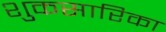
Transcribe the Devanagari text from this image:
शुकसारिका